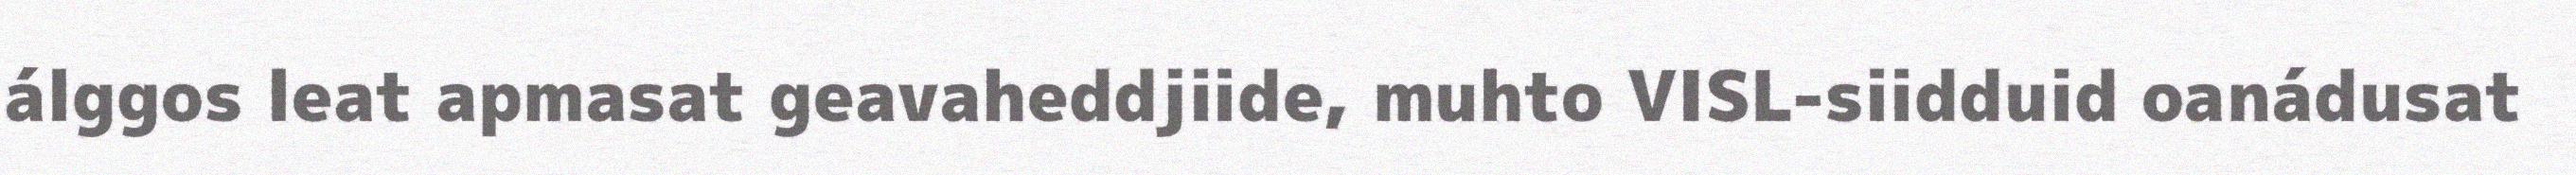
álggos leat apmasat geavaheddjiide, muhto VISL-siidduid oanádusat